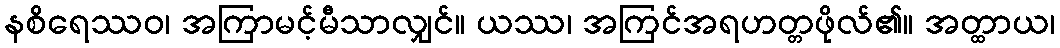
နစိရေဿဝ၊ အကြာမင့်မီသာလျှင်။ ယဿ၊ အကြင်အရဟတ္တဖိုလ်၏။ အတ္ထာယ၊